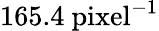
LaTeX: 165.4~\mathrm{pixel}^{-1}